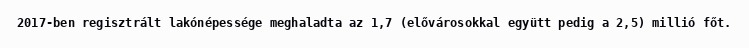
2017-ben regisztrált lakónépessége meghaladta az 1,7 (elővárosokkal együtt pedig a 2,5) millió főt.